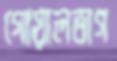
গোয়ালভাগ